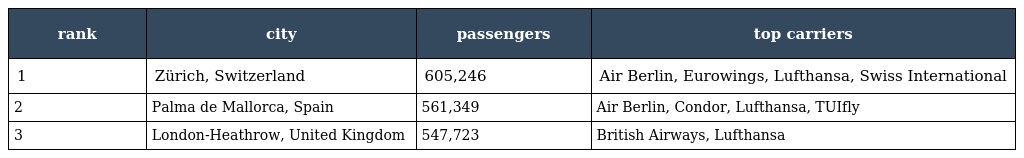
| rank | city | passengers | top carriers |
 | --- | --- | --- | --- |
 | 1 | Zürich, Switzerland | 605,246 | Air Berlin, Eurowings, Lufthansa, Swiss International |
 | 2 | Palma de Mallorca, Spain | 561,349 | Air Berlin, Condor, Lufthansa, TUIfly |
 | 3 | London-Heathrow, United Kingdom | 547,723 | British Airways, Lufthansa |